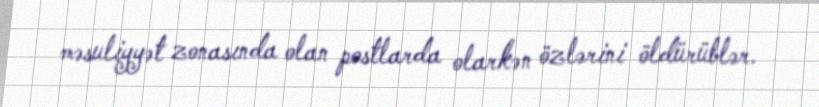
məsuliyyət zonasında olan postlarda olarkən özlərini öldürüblər.